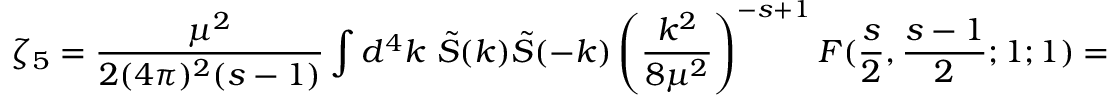
\zeta _ { 5 } = \frac { \mu ^ { 2 } } { 2 ( 4 \pi ) ^ { 2 } ( s - 1 ) } \int d ^ { 4 } k \ \tilde { S } ( k ) \tilde { S } ( - k ) \left( \frac { k ^ { 2 } } { 8 \mu ^ { 2 } } \right) ^ { - s + 1 } F ( \frac { s } { 2 } , \frac { s - 1 } { 2 } ; 1 ; 1 ) =